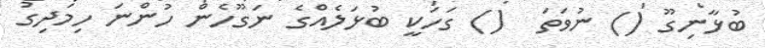
ބުޅާނިގޫ () ނުވަތަ  () ގަހަކީ ބުޅަލެއްގެ ނަގޫހެން ހުންނަ ހިމަދިގު